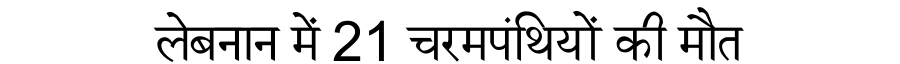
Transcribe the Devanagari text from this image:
लेबनान में 21 चरमपंथियों की मौत